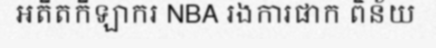
អតីតកីឡាករ NBA រងការផាក ពិន័យ